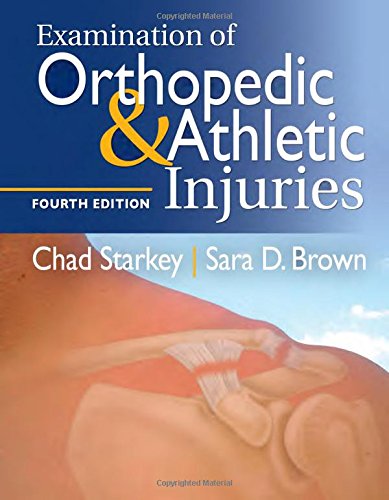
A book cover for Examination of Orthopedic & Athletic Injuries; Chad Starkey PhD  ATC; Medical Books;